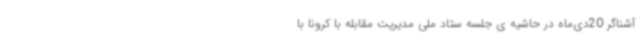
آشناگر 20دی‌ماه در حاشیه ی جلسه ستاد ملی مدیریت مقابله با کرونا با